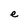
Character: e